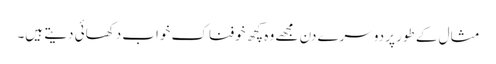
مثال کے طور پر دوسرے دن مجھے وہ کچھ خوفناک خواب دکھائی دیتے ہیں۔